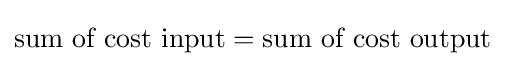
{\text{sum of cost input}}={\text{sum of cost output}}